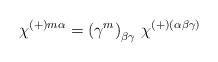
\begin{align*}\chi^{(+)m \alpha} =\left( \gamma^m \right)_{\beta\gamma}\, \chi^{(+)(\alpha\beta\gamma)}\end{align*}